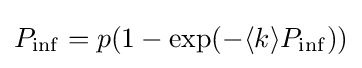
P_{\inf }=p(1-\exp(-\langle k\rangle P_{\inf }))